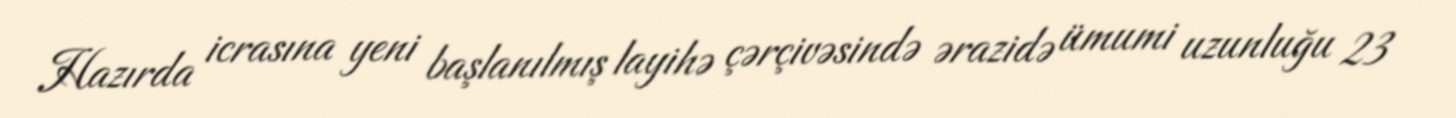
Hazırda icrasına yeni başlanılmış layihə çərçivəsində ərazidə ümumi uzunluğu 23